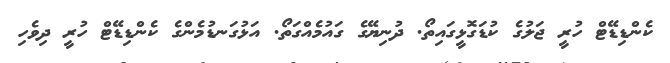
ކެންޑިޑޭޓް ހުރީ ޖަލުގެ ކުޑަގޮޅީގައިތޯ. ދުނިޔޭގެ ގައުމެއްގަތޯ. އަޅުގަނޑުމެންގެ ކެންޑިޑޭޓް ހުރީ ދިވެހި